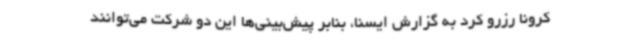
کرونا رزرو کرد به گزارش ایسنا، بنابر پیش‌بینی‌ها این دو شرکت می‌توانند